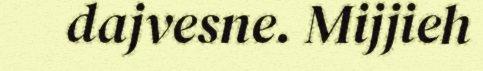
dajvesne. Mijjieh